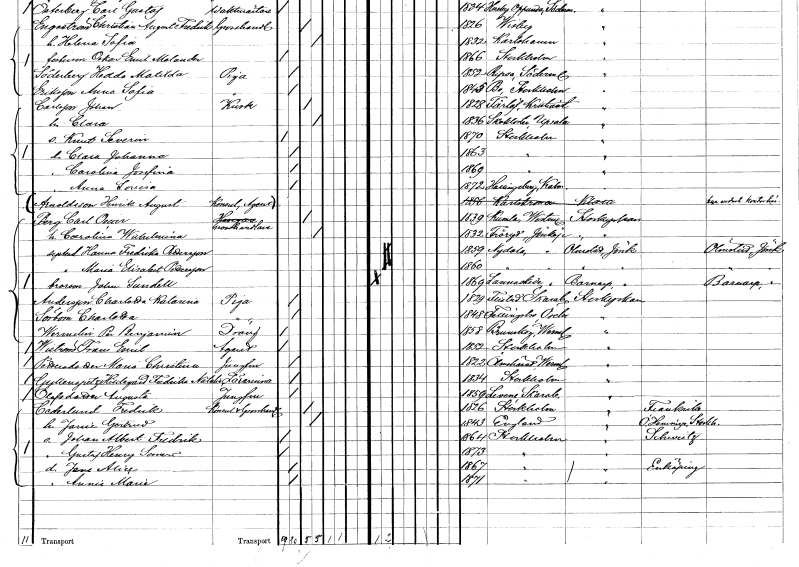
gt_parse: households: individuals: FN: Clara Johanna
KON: K
CIV: O
FODAR: 1863
FODFORS: Stockholm
FN: Carolina Josefina
KON: K
CIV: O
FODAR: 1869
FODFORS: Stockholm
FN: Anna Lovisa
KON: K
CIV: O
FODAR: 1872
FODFORS: Hallingeberg Kalmar län
FN: Henrik August
EN: Arnoldsson
KON: M
CIV: U
FODAR: 1856
FODFORS: Karlskrona Blekinge län
FN: Carl Oscar
EN: Berg
YRKE: Husägare Grosshandlare
KON: M
CIV: G
FODAR: 1839
FODFORS: Kumla Västmanlands län
FN: Carolina Wilhelmina
KON: K
CIV: G
FODAR: 1832
FODFORS: Fröryd Jönköpings län
FN: Hanna Fredrika
EN: Pettersson
KON: K
CIV: O
FODAR: 1859
FODFORS: Nydala Jönköpings län
FN: Maria Elisabet
EN: Pettersson
KON: K
CIV: O
FODAR: 1860
FODFORS: Nydala Jönköpings län
FN: John
EN: Sundell
KON: M
CIV: O
FODAR: 1869
FODFORS: Lannaskede Jönköpings län
FN: Charlotta Katarina
EN: Andersson
YRKE: Piga
KON: K
CIV: O
FODAR: 1829
FODFORS: Flistad Skaraborgs län
FN: Charlotta
EN: Sörbom
YRKE: Piga
KON: K
CIV: O
FODAR: 1848
FODFORS: Fellingsbro Örebro län
FN: Per Benjamin
EN: Wermelin
YRKE: Dräng
KON: M
CIV: O
FODAR: 1858
FODFORS: Brunskog Värmlands län
FN: Frans Emil
EN: Wiström
YRKE: Agent
KON: M
CIV: O
FODAR: 1852
FODFORS: Stockholm
FN: Maria Christina
EN: Pettersdotter
YRKE: Jungfru
KON: K
CIV: O
FODAR: 1822
FODFORS: Ölmehärad Värmlands län
FN: Hldegard Fredrika Natalia
EN: Gyllenspetz
YRKE: Lärarinna
KON: K
CIV: O
FODAR: 1834
FODFORS: Stockholm
FN: Augusta
EN: Olofsdotter
YRKE: Jungfru
KON: K
CIV: O
FODAR: 1859
FODFORS: Levene Skaraborgs län
FN: Fredrik
EN: Cederlund
YRKE: Konsul Grosshandlare
KON: M
CIV: G
FODAR: 1826
FODFORS: Stockholm
FN: Jamie Gertrud
KON: K
CIV: G
FODAR: 1843
FN: Johan Albert Fredrik
KON: M
CIV: O
FODAR: 1864
FODFORS: Stockholm
FN: Gustaf Henry Samuel
KON: M
CIV: O
FODAR: 1873
FODFORS: Stockholm
FN: Jane Alice
KON: K
CIV: O
FODAR: 1867
FODFORS: Stockholm
FN: Anna Marie
KON: K
CIV: O
FODAR: 1871
FODFORS: Stockholm